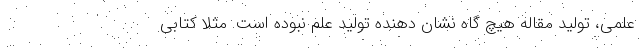
علمی، تولید مقاله هیچ گاه نشان دهنده تولید علم نبوده است. مثلا کتابی